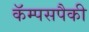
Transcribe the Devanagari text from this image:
कॅम्पसपैकी